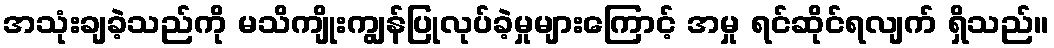
အသုံးချခဲ့သည်ကို မသိကျိုးကျွန်ပြုလုပ်ခဲ့မှုများကြောင့် အမှု ရင်ဆိုင်ရလျက် ရှိသည်။